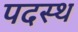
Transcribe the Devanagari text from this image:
पदस्‍थ